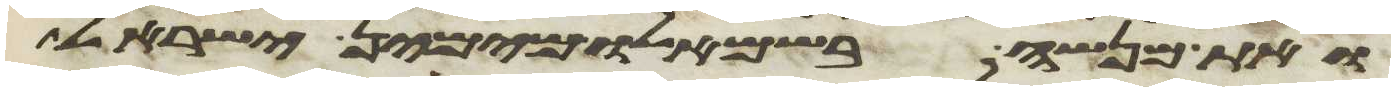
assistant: ואת מנשה בשמאלו מימין ישראל